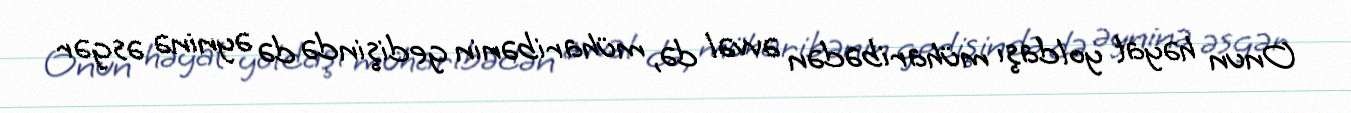
Onun həyat yoldaşı müharibədən əvvəl də, müharibənin gedişində də əyninə əsgər